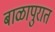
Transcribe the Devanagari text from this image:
बाळापुरात